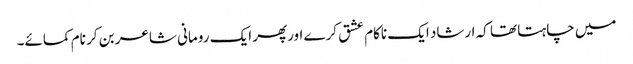
میں چاہتا تھا کہ ارشاد ایک ناکام عشق کرے اورپھر ایک رومانی شاعر بن کر نام کمائے۔